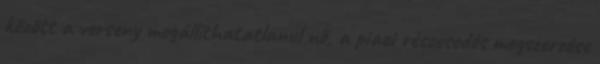
között a verseny megállíthatatlanul nő, a piaci részesedés megszerzése